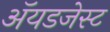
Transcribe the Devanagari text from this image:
ॲयडजेस्ट